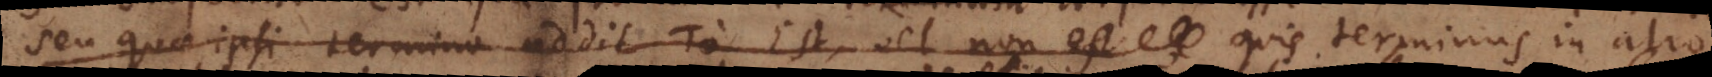
seu quae ipsi termino addit το Est, vel non est quis terminus in alio